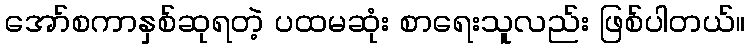
အော်စကာနှစ်ဆုရတဲ့ ပထမဆုံး စာရေးသူလည်း ဖြစ်ပါတယ်။